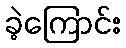
ခဲ့ကြောင်း